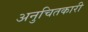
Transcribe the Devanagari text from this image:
अनुचितकारी